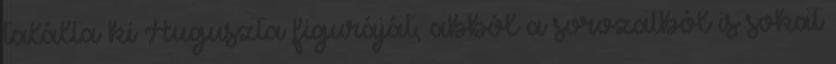
találta ki Auguszta figuráját, abból a sorozatból is sokat